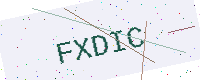
Text: FXDIC